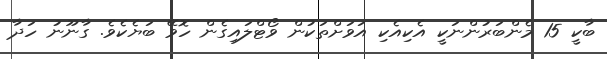
ބާކީ 15 މެންބަރުންނަކީ އެކިއެކި އަވަށްތަކުން ވޯޓްލައިގެން ހޮވޭ ބަޔެކެވެ. ގާނޫނު ހަދާ